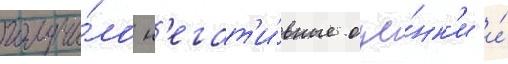
получи́ло н'егат'и́вные оце́нк'и и́